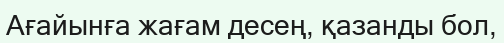
Ағайынға жағам десең, қазанды бол,